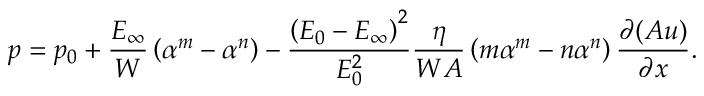
p = p _ { 0 } + \frac { E _ { \infty } } { W } \left( \alpha ^ { m } - \alpha ^ { n } \right) - \frac { \left( E _ { 0 } - E _ { \infty } \right) ^ { 2 } } { E _ { 0 } ^ { 2 } } \frac { \eta } { W A } \left( m \alpha ^ { m } - n \alpha ^ { n } \right) \frac { \partial ( A u ) } { \partial x } .